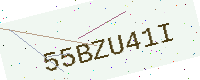
Text: 55BZU41I